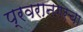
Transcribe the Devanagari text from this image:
प्रवरानगरचा